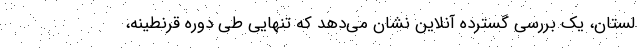
لستان، یک بررسی گسترده آنلاین نشان می‌دهد که تنهایی طی دوره قرنطینه،